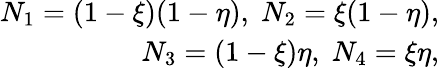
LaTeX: \begin{array}{r}{N_{1}=(1-\xi)(1-\eta),\; N_{2}=\xi(1-\eta),}\\ {N_{3}=(1-\xi)\eta,\; N_{4}=\xi\eta,}\end{array}